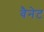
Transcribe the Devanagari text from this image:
वैनेट